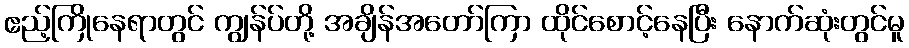
ဧည့်ကြိုနေရာတွင် ကျွန်ပ်တို့ အချိန်အတော်ကြာ ထိုင်စောင့်နေပြီး နောက်ဆုံးတွင်မူ